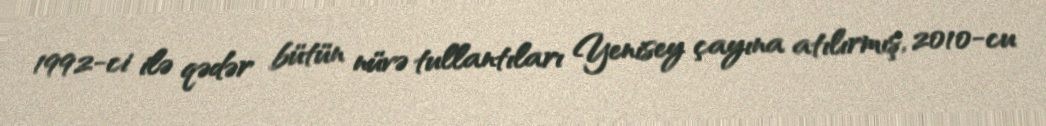
1992-ci ilə qədər bütün nüvə tullantıları Yenisey çayına atılırmış, 2010-cu